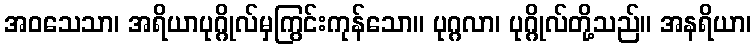
အဝသေသာ၊ အရိယာပုဂ္ဂိုလ်မှကြွင်းကုန်သော။ ပုဂ္ဂလာ၊ ပုဂ္ဂိုလ်တို့သည်။ အနရိယာ၊